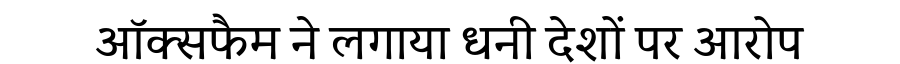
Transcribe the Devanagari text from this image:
ऑक्सफैम ने लगाया धनी देशों पर आरोप